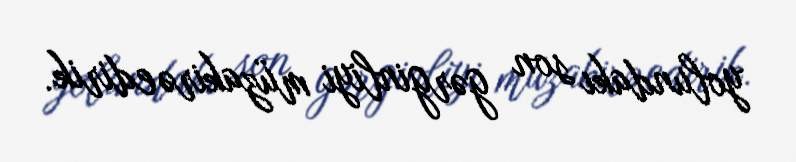
yolundakı son gərginliyi müzakirə edirik.